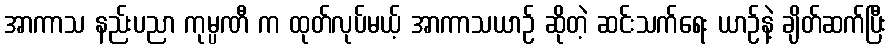
အာကာသ နည်းပညာ ကုမ္ပဏီ က ထုတ်လုပ်မယ့် အာကာသယာဉ် ဆိုတဲ့ ဆင်းသက်ရေး ယာဉ်နဲ့ ချိတ်ဆက်ပြီး